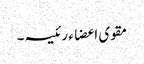
مقوی اعضاء رئیسہ۔